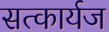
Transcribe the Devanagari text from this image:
सत्कार्यज